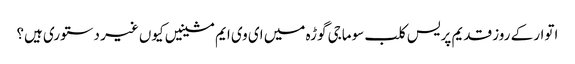
اتوار کے روز قدیم پریس کلب سوماجی گوڑہ میں ای وی ایم مشینیں کیوں غیر دستوری ہیں؟